Vaccination in Burma 1889-1999 - 1889-1999
Year: 1889
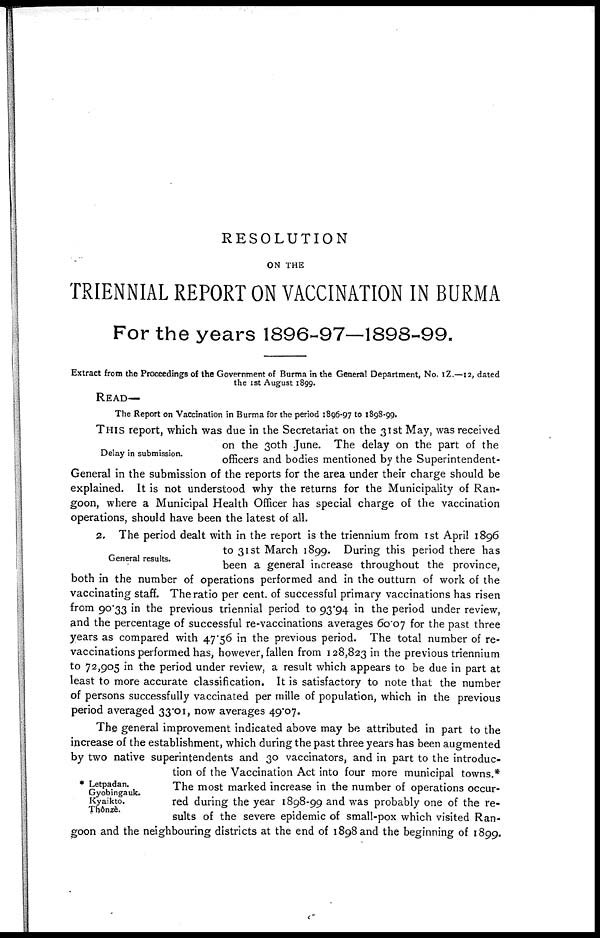
RESOLUTION
ON THE
TRIENNIAL REPORT ON VACCINATION IN BURMA
For the years 1896-97—1898-99.
Extract from the Proceedings of the Government of Burma in the General Department, No. IZ.—12, dated
the 1st August 1899.
READ—
The Report on Vaccination in Burma for the period 1896-97 to 1898-99.
Delay in submission.
THIS report, which was due in the Secretariat on the 31st May, was received
on the 30th June. The delay on the part of the
officers and bodies mentioned by the Superintendent-
General in the submission of the reports for the area under their charge should be
explained. It is not understood why the returns for the Municipality of Ran-
goon, where a Municipal Health Officer has special charge of the vaccination
operations, should have been the latest of all.
General results.
2. The period dealt with in the report is the triennium from 1st April 1896
to 31st March 1899. During this period there has
been a general increase throughout the province,
both in the number of operations performed and in the outturn of work of the
vaccinating staff. The ratio per cent. of successful primary vaccinations has risen
from 90.33 in the previous triennial period to 93.94 in the period under review,
and the percentage of successful re-vaccinations averages 60.07 for the past three
years as compared with 47.56 in the previous period. The total number of re-
vaccinations performed has, however, fallen from 128,823 in the previous triennium
to 72,905 in the period under review, a result which appears to be due in part at
least to more accurate classification. It is satisfactory to note that the number
of persons successfully vaccinated per mille of population, which in the previous
period averaged 33.01, now averages 49.07.
* Letpadan.
Gyobingauk.
Kyaikto.
Thônzè.
The general improvement indicated above may be attributed in part to the
increase of the establishment, which during the past three years has been augmented
by two native superintendents and 30 vaccinators, and in part to the introduc-
tion of the Vaccination Act into four more municipal towns.*
The most marked increase in the number of operations occur-
red during the year 1898-99 and was probably one of the re-
sults of the severe epidemic of small-pox which visited Ran-
goon and the neighbouring districts at the end of 1898 and the beginning of 1899.